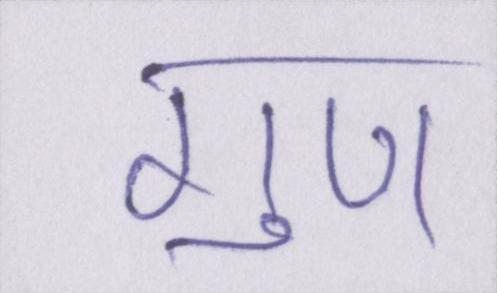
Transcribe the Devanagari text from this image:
गुण